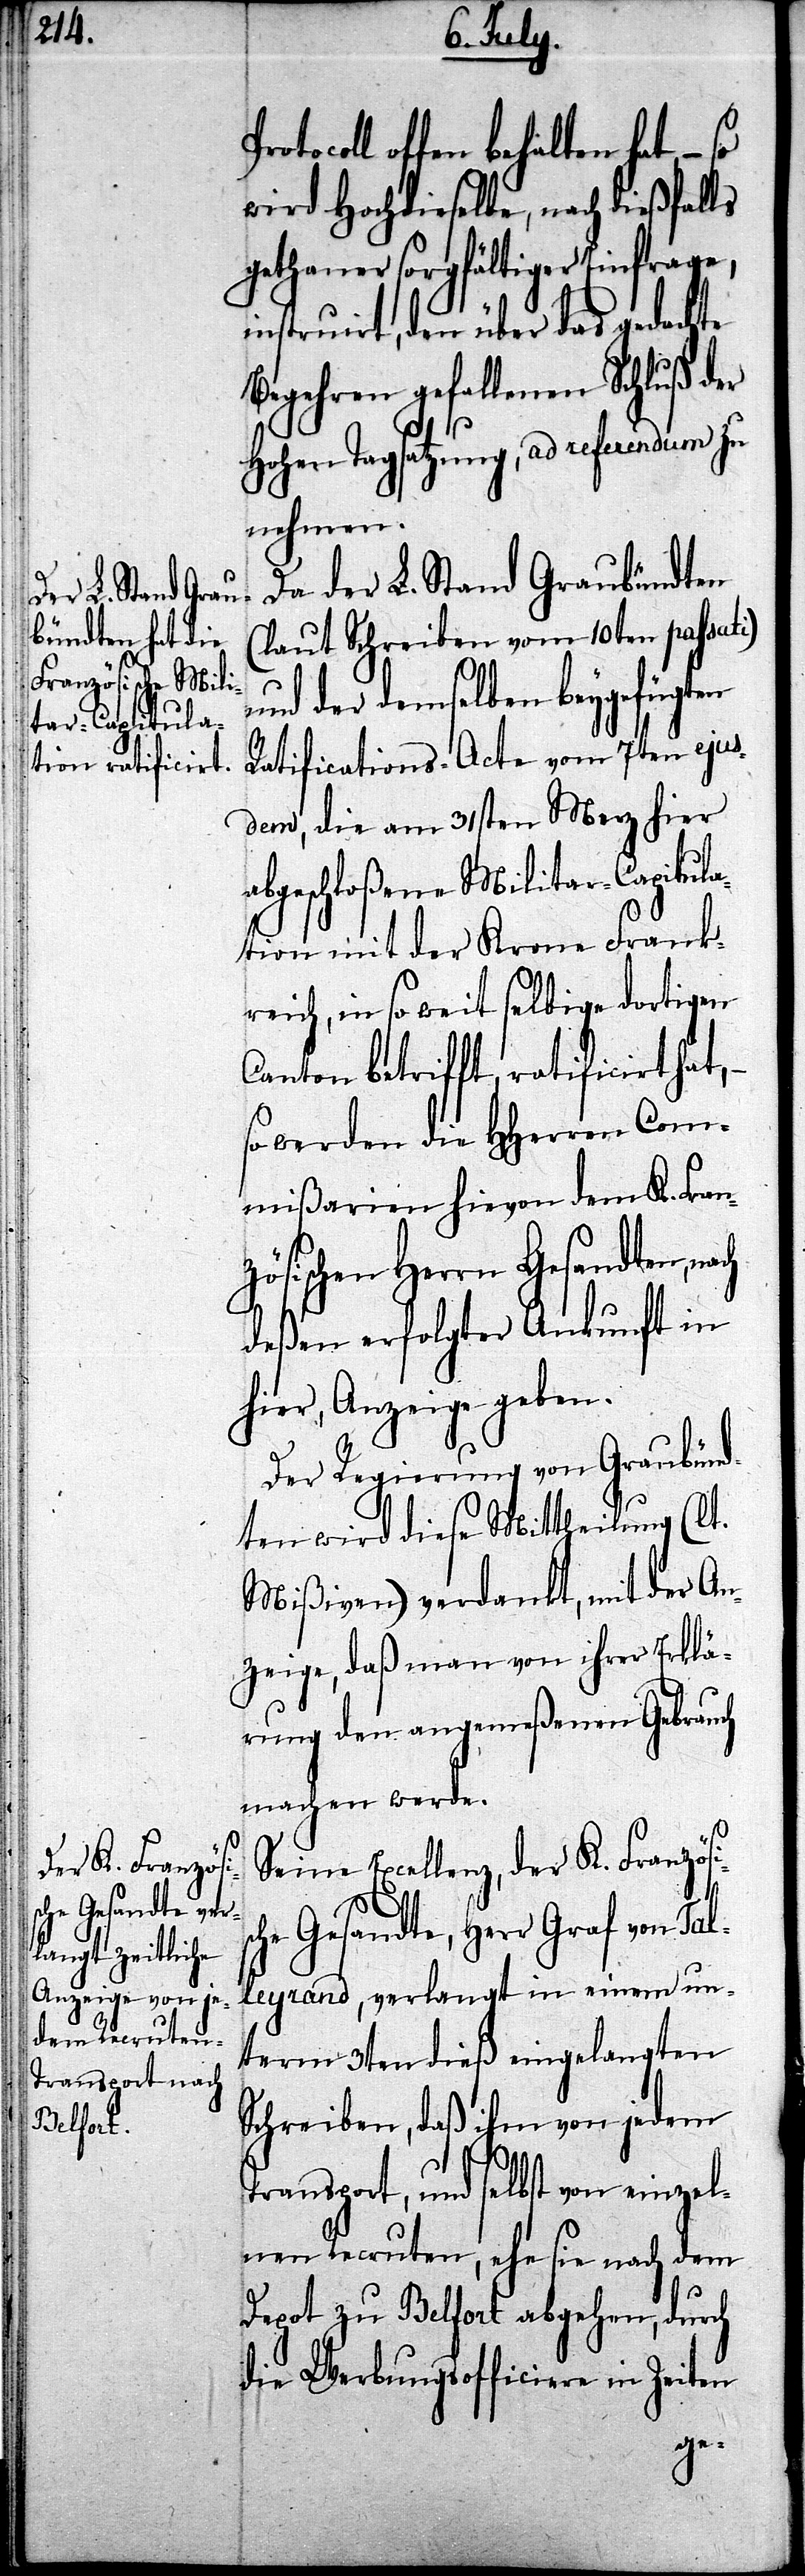
sc¬

ocoll offen behalten hat, –
wird Hochdieselbe, nach dießfalls
gethaner sorgfältiger Einfrage,
instruirt, den über das gedachte
Begehren gefallenen Schluß der
Hohen Tagsatzung, ad referendum zu
nehmen.
Da der L. Stand Graubündten
(laut Schreiben vom 10ten passati)
und der demselben beygefügten
Ratifications-Acte vom 7ten ejus¬
dem, die am 31sten Merz hier
abgeschloßene Militar-Capitula¬
tion mit der Krone Frank¬
reich, in so weit selbige dortigen
Canton betrifft, ratificirt hat,
so werden die HHerren Com¬
mißarien hievon dem K. Fran¬
zösischen Herrn Gesandten, nach
deßen erfolgter Ankunft in
hier, Anzeige geben.
Der Regierung von Graubünd¬
ten wird diese Mittheilung (lt.
Mißiven) verdankt, mit der An¬
zeige, daß man von ihrer Erklä¬
rung den angemeßenen Gebrauch
machen werde.
Seine Excellenz, der K. Französi¬
he Gesandte, Herr Graf von Tal¬
leyrand, verlangt in einem un¬
term 3ten dieß eingelangten
Schreiben, daß ihm von jedem
Transport, und selbst von einzel¬
nen Recruten, ehe sie nach dem
Depot zu Belfort abgehen, durch
die Werbungsofficiere in Zeiten